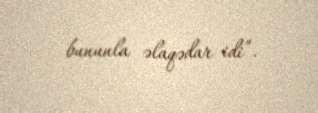
bununla əlaqədar idi”.